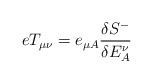
LaTeX: \begin{align*}eT_{\mu\nu}= e_{\mu A}\frac{\delta{S}^-}{\delta E^\nu_A}\end{align*}